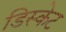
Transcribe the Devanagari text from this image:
डिस्केट